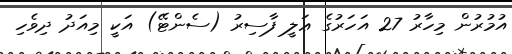
އުމުރުން މިހާރު 27 އަހަރުގެ ޢަލީ ފާސިރު (ސެންޓޭ) އަކީ މިއަދު ދިވެހި